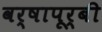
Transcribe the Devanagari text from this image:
वर्षापूर्बी